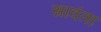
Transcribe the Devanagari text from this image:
सावंता